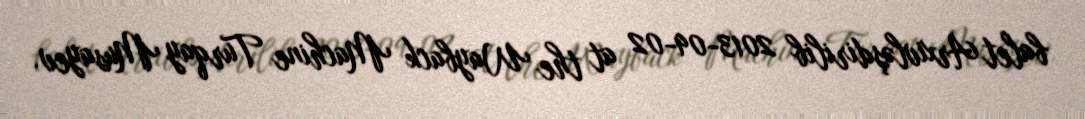
balet Arxivləşdirilib 2013-09-02 at the Wayback Machine Turqay Musayev.